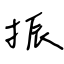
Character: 振